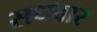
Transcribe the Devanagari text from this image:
सधवार